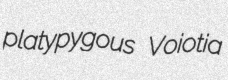
platypygous Voiotia